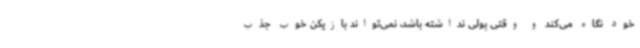
خود نگاه می‌کند و وقتی پولی نداشته باشد، نمی‌تواند بازیکن خوب جذب